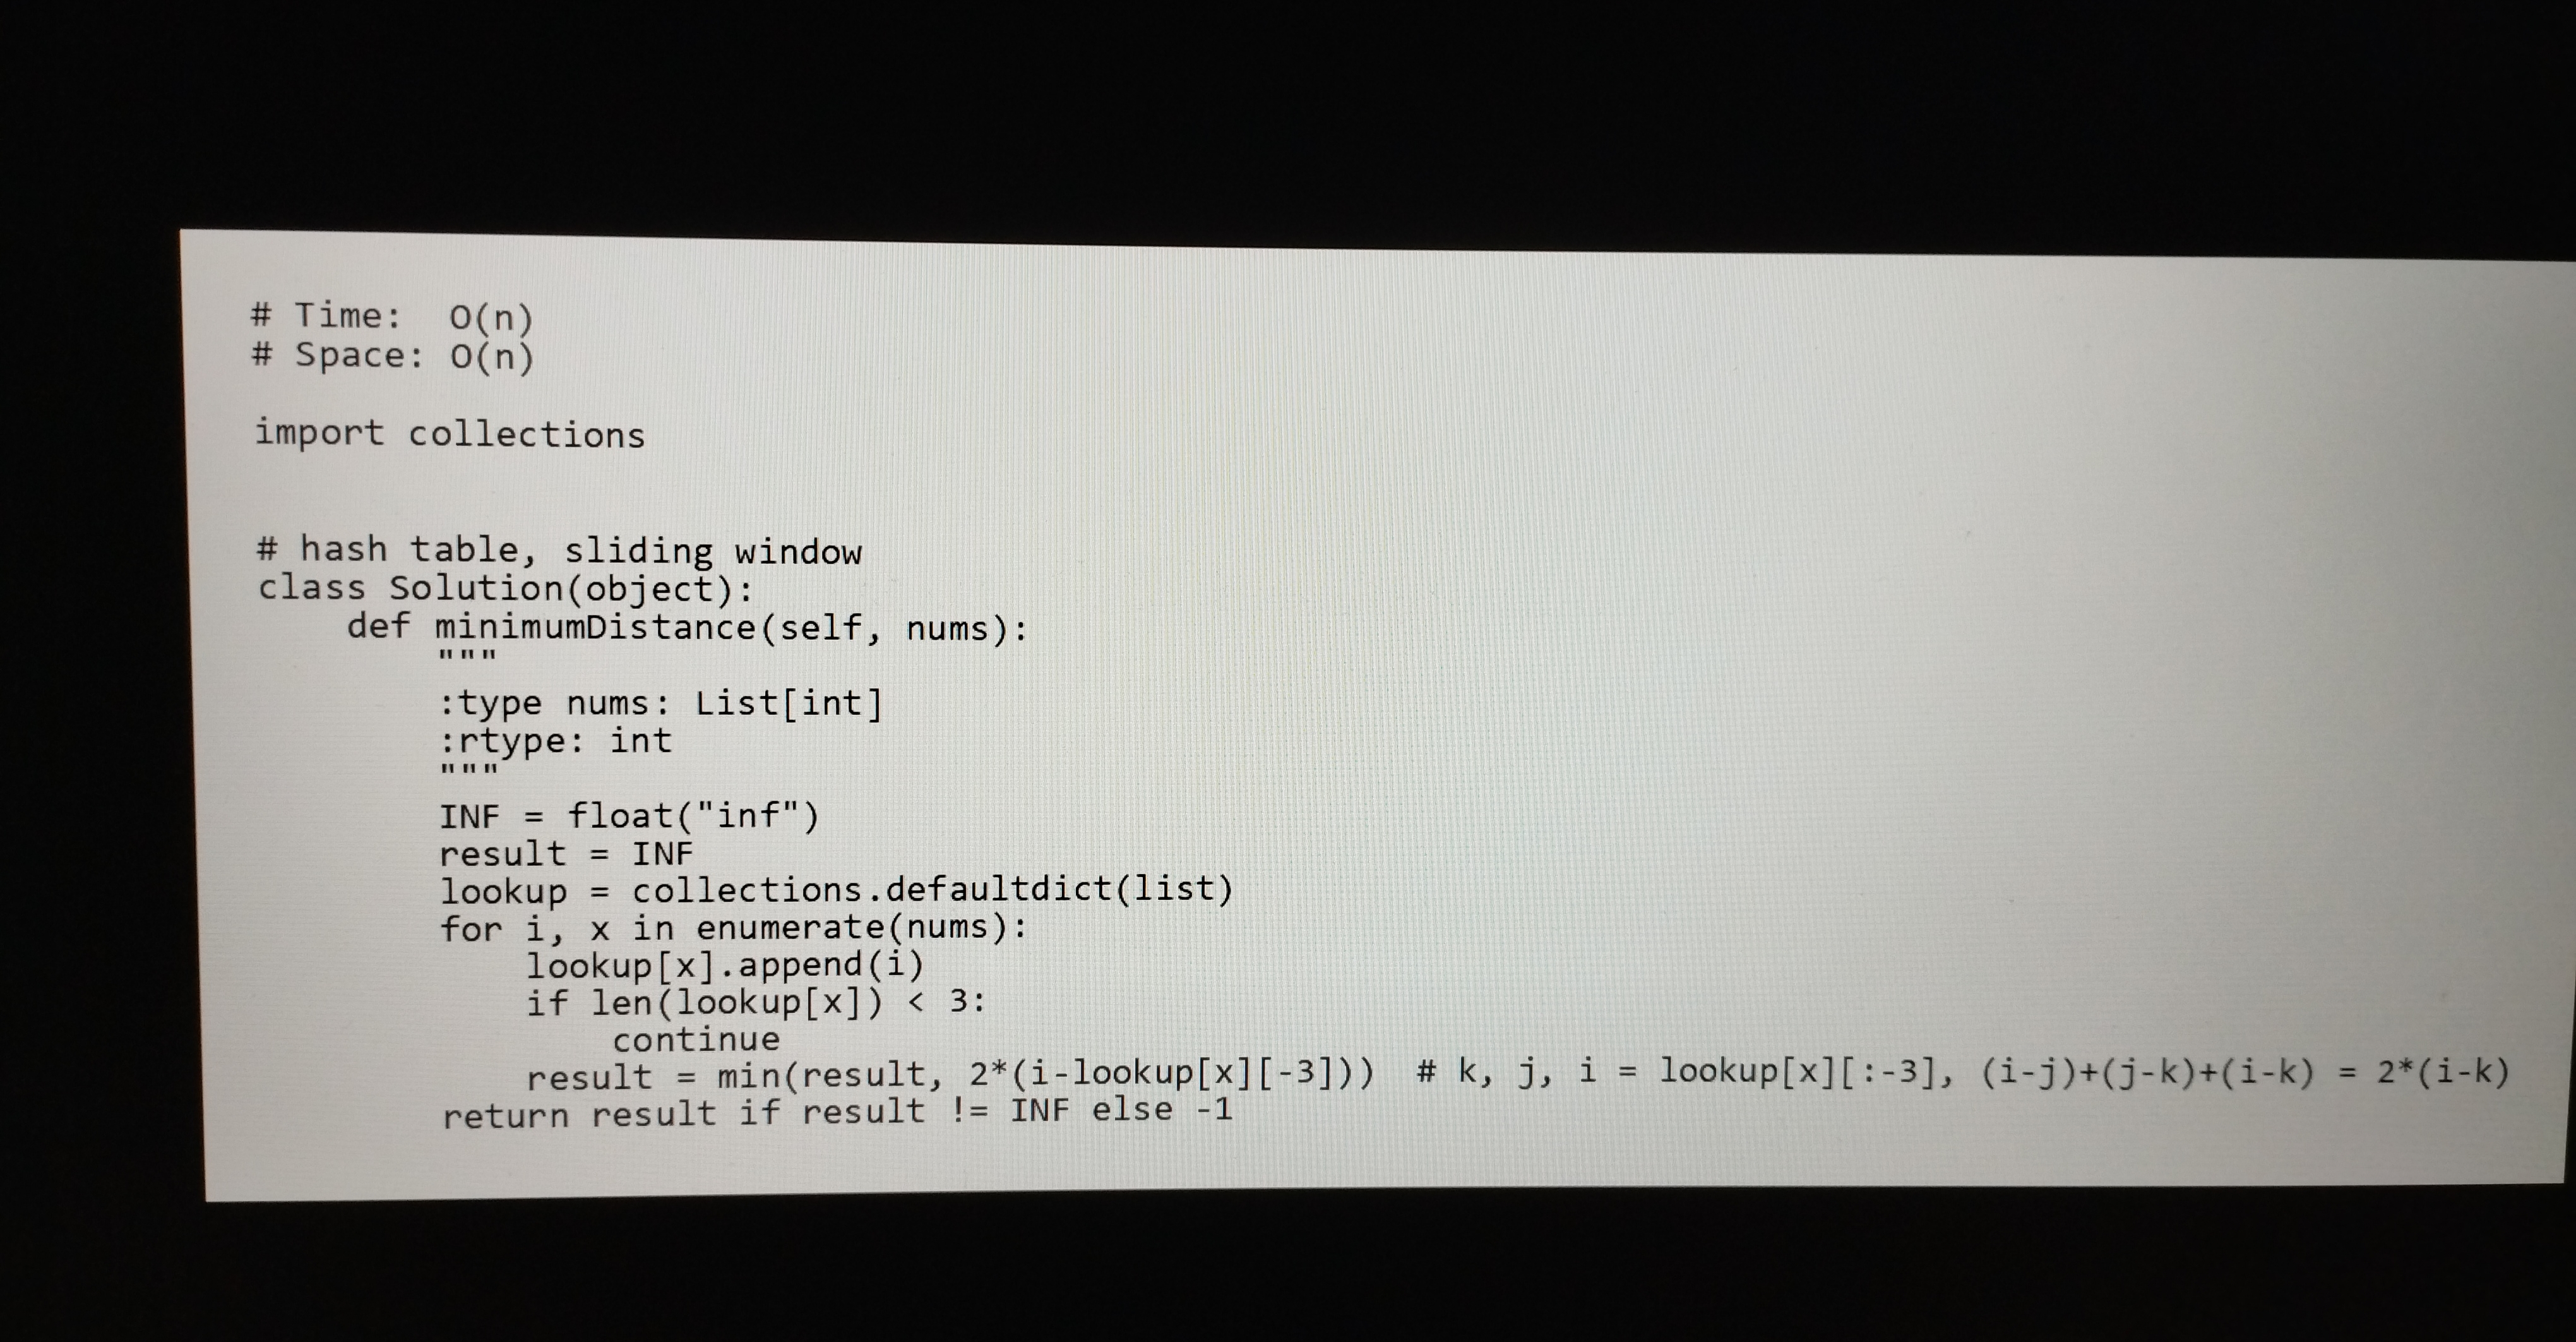
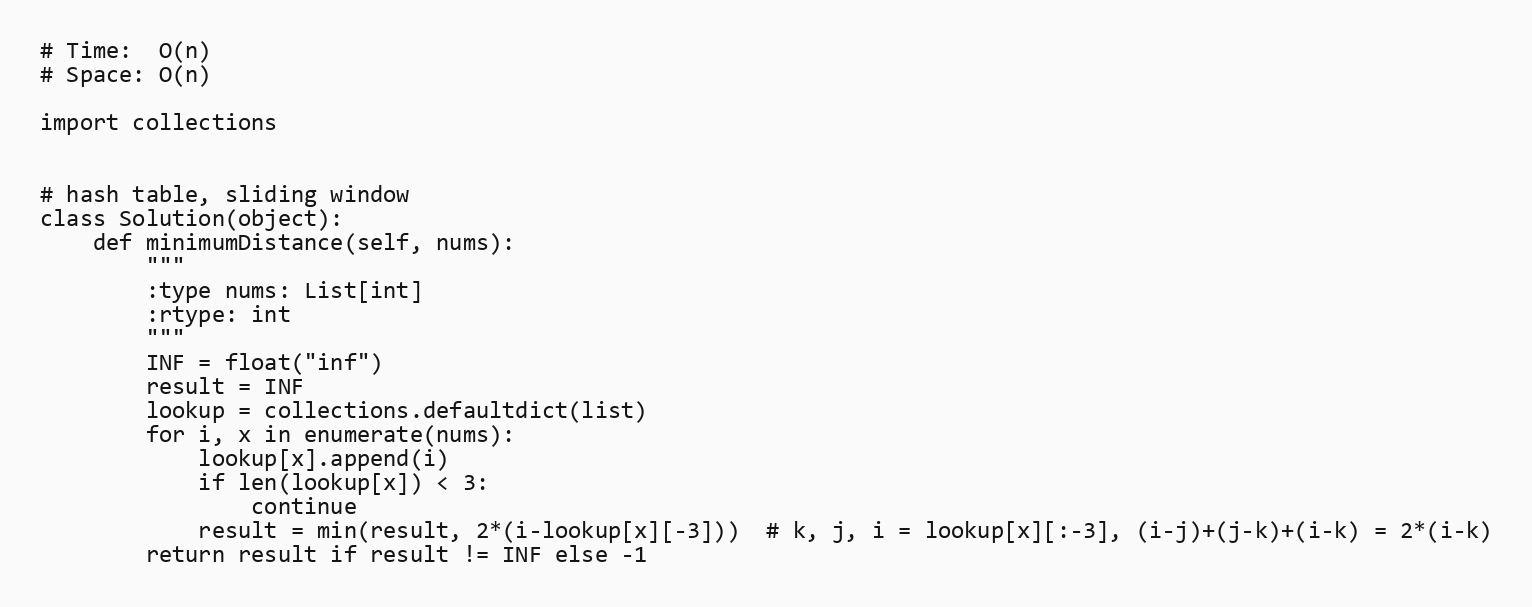
# Time:  O(n)
# Space: O(n)

import collections

# hash table, sliding window
class Solution(object):
    def minimumDistance(self, nums):
        """
        :type nums: List[int]
        :rtype: int
        """
        INF = float("inf")
        result = INF
        lookup = collections.defaultdict(list)
        for i, x in enumerate(nums):
            lookup[x].append(i)
            if len(lookup[x]) < 3:
                continue
            result = min(result, 2*(i-lookup[x][-3]))  # k, j, i = lookup[x][:-3], (i-j)+(j-k)+(i-k) = 2*(i-k)
        return result if result != INF else -1